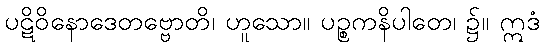
ပဋိဝိနောဒေတဗ္ဗောတိ၊ ဟူသော။ ပဉ္စကနိပါတေ၊ ၌။ ဣဒံ